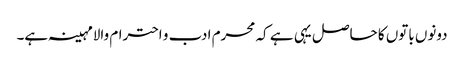
دونوں باتوں کا حاصل یہی ہے کہ محرم ادب و احترام والامہینہ ہے۔